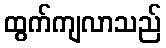
ထွက်ကျလာသည်